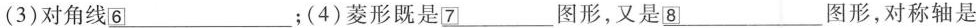
(3)对角线\underline{6} ；(4)菱形既是\underline{7} 图形，又是\underline{8} 图形，对称轴是